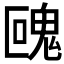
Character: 𩲰